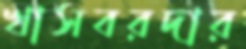
খাসবরদার